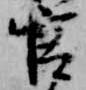
官